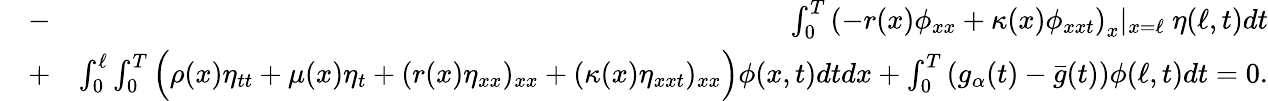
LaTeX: \begin{array}{rlr}&{-}&{\int_{0}^{T}\left(-r(x)\phi_{xx}+\kappa(x)\phi_{xxt}\right)_{x}\vert_{x=\ell}\ \eta(\ell,t)dt}\\ &{+}&{\int_{0}^{\ell}\int_{0}^{T}\Big(\rho(x)\eta_{tt}+\mu(x)\eta_{t}+(r(x)\eta_{xx})_{xx}+(\kappa(x)\eta_{xxt})_{xx}\Big)\phi(x,t)dtdx+\int_{0}^{T}\left(g_{\alpha}(t)-\bar{g}(t)\right)\phi(\ell,t)dt=0.}\end{array}